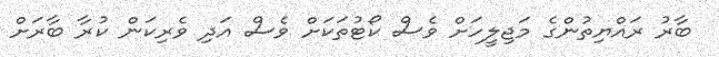
ބާރު ރައްޔިތުންގެ މަޖިލީހަށް ވެސް ކޯޓުތަކަށް ވެސް އަދި ވެރިކަން ކުރާ ބާރަށް